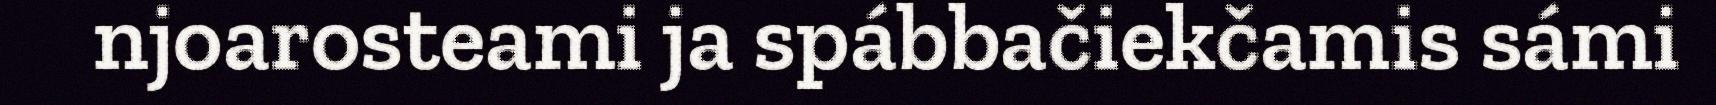
njoarosteami ja spábbačiekčamis sámi